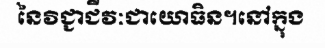
នៃវិជ្ជាជីវៈជាយោធិន។នៅក្នុង